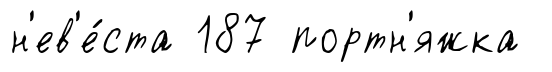
н'ев'е́ста 187 портн'яжка